Hæmogregarina gerbilli - Number 18
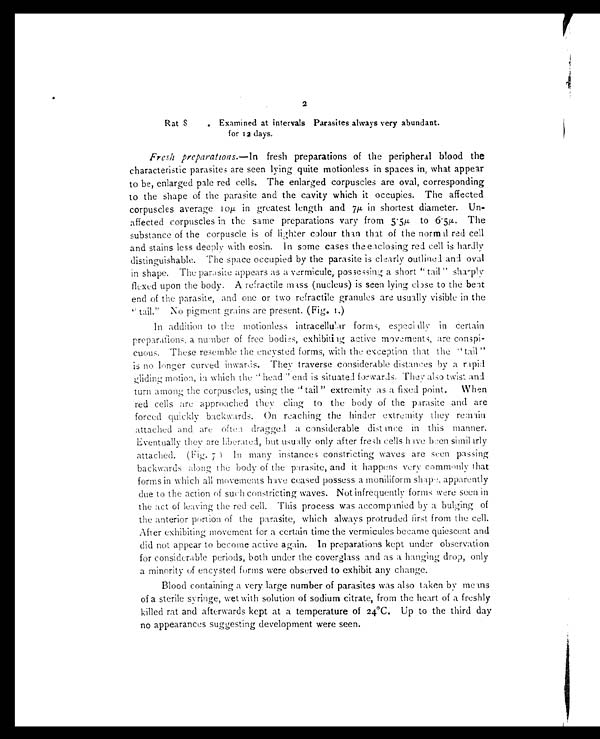
2
Rat 8
. Examined at intervals Parasites always very abundant.
for 12 days.
Fresh preparations.—In fresh preparations of the peripheral blood the
characteristic parasites are seen lying quite motionless in spaces in, what appear
to be, enlarged pale red cells. The enlarged corpuscles are oval, corresponding
to the shape of the parasite and the cavity which it occupies. The affected
corpuscles average 10μ in greatest length and 7μ in shortest diameter. Un-
affected corpuscles in the same preparations vary from 5.5 μ to 6.5μ . The
substance of the corpuscle is of lighter colour than that of the normal red cell
and stains less deeply with eosin. In some cases the enclosing red cell is hardly
distinguishable. The space occupied by the parasite is clearly outlined and oval
in shape. The parasite appears as a vermicule, possessing a short "tail" sharply
flexed upon the body. A refractile mass (nucleus) is seen lying close to the beat
end of the parasite, and one or two refractile granules are usually visible in the
"tail." No pigment grains are present. (Fig. 1.)
In addition to the motionless intracellular forms, especially in certain
preparations, a number of free bodies, exhibiting active movements, are conspi-
cuous. These resemble the encysted forms, with the exception that the "tail"
is no longer curved inwards. They traverse considerable distances by a rapid
gliding motion, in which the "head" end is situated forwards. They also twist and
turn among the corpuscles, using the "tail" extremity as a fixed point. When
red cells are approached they cling to the body of the parasite and are
forced quickly backwards. On reaching the hinder extremity they remain
attached and are often dragged a considerable distance in this manner.
Eventually they are liberated, but usually only after fresh cells have been similarly
attached. (Fig. 7) In many instances constricting waves are seen passing
backwards along the body of the parasite, and it happens very commonly that
forms in which all movements have ceased possess a moniliform shape, apparently
due to the action of such constricting waves. Not infrequently forms were seen in
the act of leaving the red cell. This process was accompanied by a bulging of
the anterior portion of the parasite, which always protruded first from the cell.
After exhibiting movement for a certain time the vermicules became quiescent and
did not appear to become active again. In preparations kept under observation
for considerable periods, both under the coverglass and as a hanging drop, only
a minority of encysted forms were observed to exhibit any change.
Blood containing a very large number of parasites was also taken by means
of a sterile syringe, wet with solution of sodium citrate, from the heart of a freshly
killed rat and afterwards kept at a temperature of 24°C. Up to the third day
no appearances suggesting development were seen.